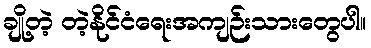
ချို့တဲ့ တဲ့နိုင်ငံရေးအကျဉ်းသားတွေပါ။